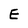
Character: E